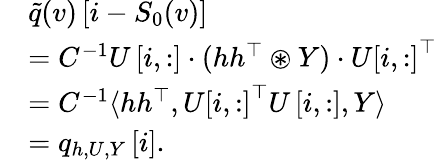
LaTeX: \begin{array}{rl}&{\tilde{q}(v)\left[i-S_{0}(v)\right]}\\ &{=C^{-1}U\left[i,:\right]\cdot(hh^{\top}\circledast Y)\cdot U\left[i,:\right]^{\top}}\\ &{=C^{-1}\langle hh^{\top},U\left[i,:\right]^{\top}U\left[i,:\right],Y\rangle}\\ &{=q_{h,U,Y}\left[i\right].}\end{array}